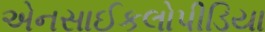
એનસાઈકલોપીડિયા